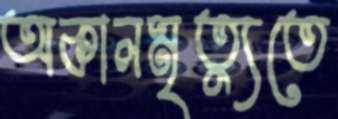
অকালমৃত্যুতে